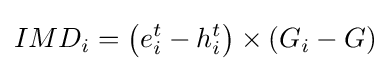
IMD_{i}=\left(e_{i}^{t}-h_{i}^{t}\right)\times \left(G_{i}-G\right)